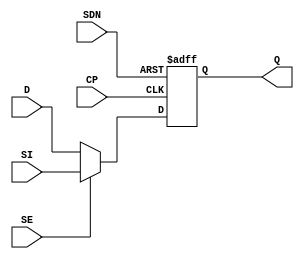
// This program was cloned from: https://github.com/TILOS-AI-Institute/MacroPlacement
// License: BSD 3-Clause "New" or "Revised" License

// ================================================================
// NVDLA Open Source Project
//
// Copyright(c) 2016 - 2017 NVIDIA Corporation. Licensed under the
// NVDLA Open Hardware License; Check "LICENSE" which comes with
// this distribution for more information.
// ================================================================
module SDFSNQD1 (
  SI
 ,D
 ,SE
 ,CP
 ,SDN
 ,Q
 );
input SI ;
input D ;
input SE ;
input CP ;
input SDN ;
output Q ;
reg Q;
assign sel = SE ? SI : D;
always @(posedge CP or negedge SDN)
begin
    if(~SDN)
        Q <= 1'b1;
    else
        Q <= sel;
end
endmodule